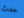
حدث